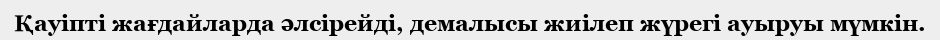
Қауіпті жағдайларда әлсірейді, демалысы жиілеп жүрегі ауыруы мүмкін.